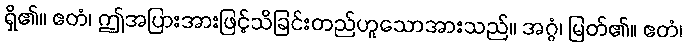
ရှိ၏။ ဧတံ၊ ဤအပြားအားဖြင့်သိခြင်းတည်ဟူသောအားသည်။ အဂ္ဂံ၊ မြတ်၏။ ဧတံ၊